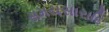
સમયસારાદિ